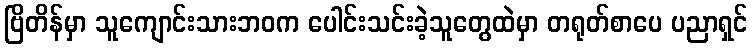
ဗြိတိန်မှာ သူကျောင်းသားဘဝက ပေါင်းသင်းခဲ့သူတွေထဲမှာ တရုတ်စာပေ ပညာရှင်